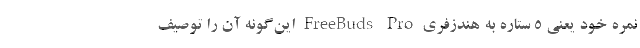
نمره خود یعنی 5 ستاره به هندزفری FreeBuds Pro این‌گونه آن را توصیف